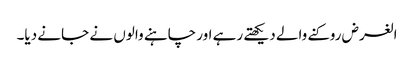
الغرض روکنے والے دیکھتے رہے اور چاہنے والوں نے جانے دیا۔